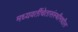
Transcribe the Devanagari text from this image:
मध्यवर्तीचेतासंस्थीमधील